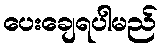
ပေးချေရပါမည်